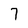
Character: 7